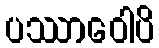
ပဿာဝေါပိ